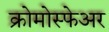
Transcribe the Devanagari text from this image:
क्रोमोस्फेअर